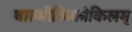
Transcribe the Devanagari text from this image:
वाल्मीकिकोकिलम्‌